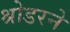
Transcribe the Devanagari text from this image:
श्रोडरने